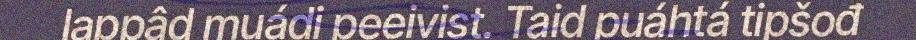
lappâd muádi peeivist. Taid puáhtá tipšođ